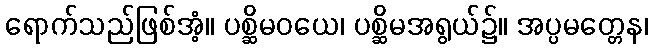
ရောက်သည်ဖြစ်အံ့။ ပစ္ဆိမဝယေ၊ ပစ္ဆိမအရွယ်၌။ အပ္ပမတ္တေန၊